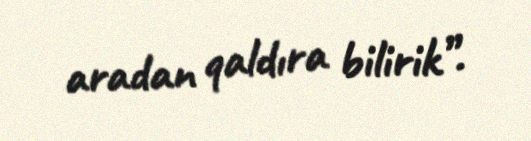
aradan qaldıra bilirik”.